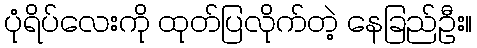
ပုံရိပ်လေးကို ထုတ်ပြလိုက်တဲ့ နေခြည်ဦး။